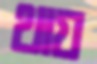
থায়